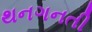
થનગનતી